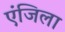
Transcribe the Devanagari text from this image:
एंजिला